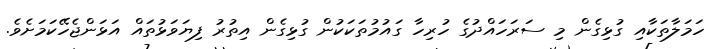
ހަމަލާތަކާއި ގުޅިގެން މި ސަރަހައްދުގެ ހުރިހާ ގައުމުތަކަކުން ގުޅިގެން އިތުރު ފިޔަވަޅުތައް އަޅަންޖެހޭކަމަށެވެ.